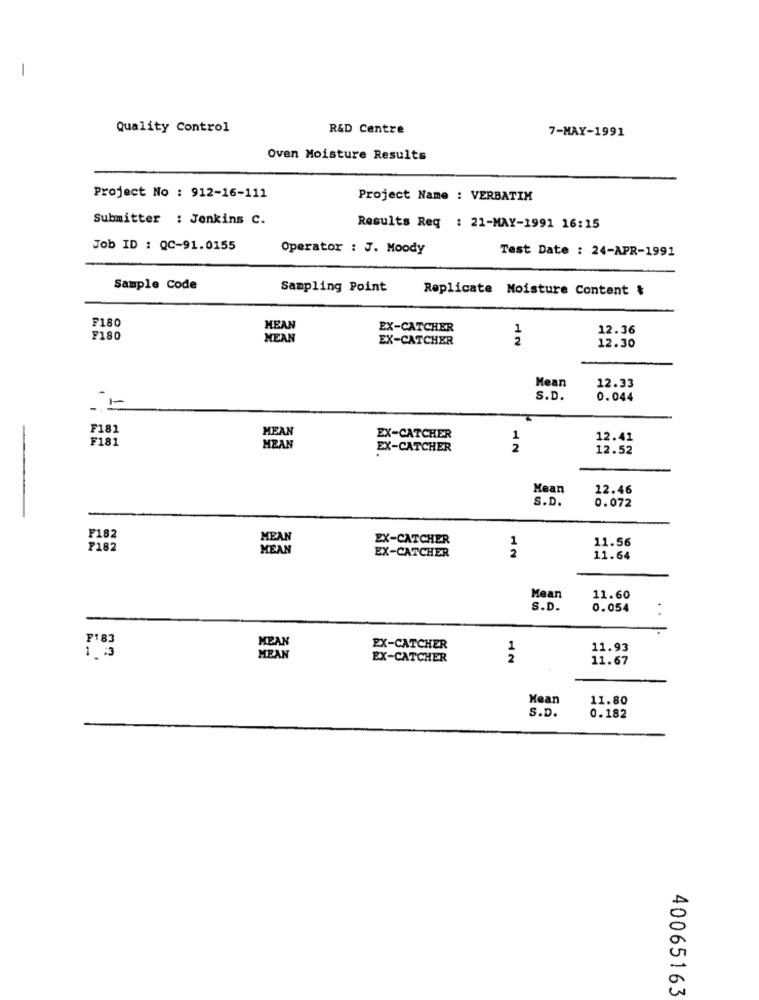
-
Quality Control
R&D Centre
7-MAY-1991
Oven Moisture Results
Project No : 912-16-111
Project Name : VERBATIM
Submitter : Jenkins C.
Results Reg : 21-MAY-1991 16:15
Job ID : QC-91.0155
Operator : J. Moody
Test Date : 24-APR-1991
Sample Code
Sampling Point
Replicate Moisture Content &
F180
MEAN
EX-CATCHER
1
12.36
F180
MEAN
EX-CATCHER
2
12.30
Mean
12.33
S.D.
0.044
F181
MEAN
F181
EX-CATCHER
1
12.41
MEAN
EX-CATCHER
2
12.52
Mean
12.46
S.D.
0.072
F182
MEAN
EX-CATCHER
1
11.56
P182
MEAN
2
EX-CATCHER
11.64
Mean
11.60
S.D.
0.054
F183
MEAN
EX-CATCHER
1
11.93
1.33
MEAN
EX-CATCHER
2
11.67
Mean
11.80
S.D.
0.182
40065163